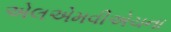
એલએમવીએચના